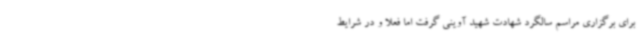
برای برگزاری مراسم سالگرد شهادت شهید آوینی گرفت اما فعلاً و در شرایط